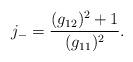
LaTeX: \begin{align*}j_- = \frac{(g_{12})^2 + 1}{(g_{11})^2}. \end{align*}